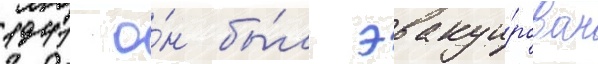
1941 о́н бы́л эвакуи́рован